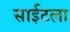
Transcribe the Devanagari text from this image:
साईटला